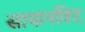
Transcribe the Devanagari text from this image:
सायानविद